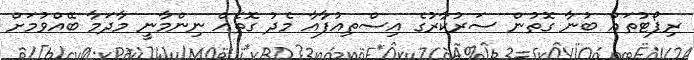
ރިޕޯޓުތައް ބުނާ ގޮތުން ސަރުކާރުގެ އިސްތިއުފާއާ މެދު ގޮތެއް ނިންމާނީ މާދަމާ ބޭއްވުމަށް